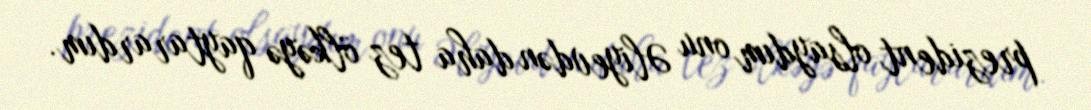
prezident olsaydım onu Əliyevdən daha tez ölkəyə qaytarardım.